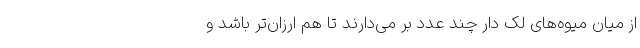
از میان میوه‌های لک دار چند عدد بر می‌دارند تا هم ارزان‌تر باشد و